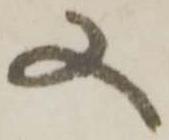
又